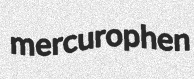
mercurophen